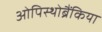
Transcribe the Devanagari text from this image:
ओपिस्थोब्रैंकिया